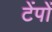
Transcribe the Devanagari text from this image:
टेंपों